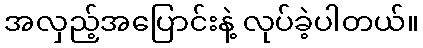
အလှည့်အပြောင်းနဲ့ လုပ်ခဲ့ပါတယ်။